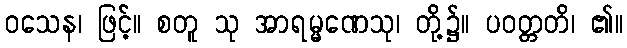
ဝသေန၊ ဖြင့်။ စတူ သု အာရမ္မဏေသု၊ တို့၌။ ပဝတ္တတိ၊ ၏။